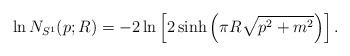
LaTeX: \begin{align*}\ln N_{S^1}(p;R) = -2\ln\left[2\sinh\left(\pi R\sqrt{p^2+m^2}\right)\right].\end{align*}